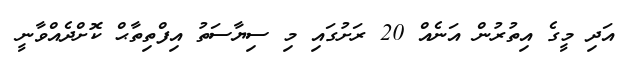
އަދި މީގެ އިތުރުން އަނެއް 20 ރަށުގައި މި ސިޔާސަތު އިފްތިތާޙް ކޮށްދެއްވާނީ